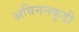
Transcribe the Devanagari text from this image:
अविननकुडी